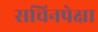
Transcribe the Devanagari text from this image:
सचिनपेक्षा